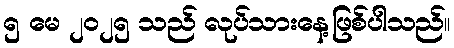
၅ မေ ၂၀၂၅ သည် လုပ်သားနေ့ဖြစ်ပါသည်။